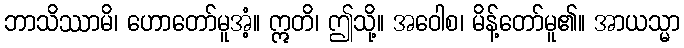
ဘာသိဿာမိ၊ ဟောတော်မူအံ့။ ဣတိ၊ ဤသို့။ အဝေါစ၊ မိန့်တော်မူ၏။ အာယသ္မာ